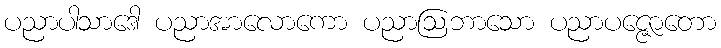
ပညာပါသာဒေါ ပညာအာလောကော ပညာဩဘာသော ပညာပဇ္ဇောတော